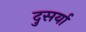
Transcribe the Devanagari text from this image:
दुसर्या